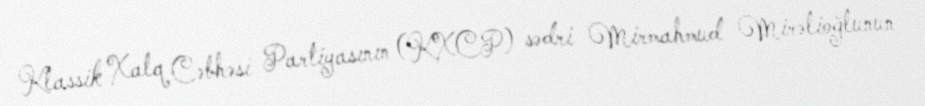
Klassik Xalq Cəbhəsi Partiyasının (KXCP) sədri Mirmahmud Mirəlioğlunun